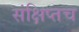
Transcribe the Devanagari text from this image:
संक्षिप्तच